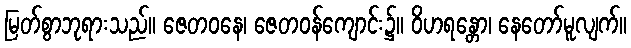
မြတ်စွာဘုရားသည်။ ဇေတဝနေ၊ ဇေတဝန်ကျောင်း၌။ ဝိဟရန္တော၊ နေတော်မူလျက်။